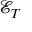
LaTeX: { \mathcal { E } } _ { T }